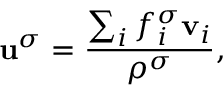
\mathbf { u } ^ { \sigma } = \frac { \sum _ { i } f _ { i } ^ { \sigma } \mathbf { v } _ { i } } { \rho ^ { \sigma } } ,